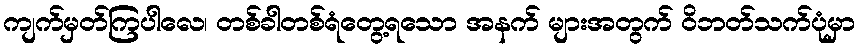
ကျက်မှတ်ကြပါလေ၊ တစ်ခါတစ်ရံတွေ့ရသော အနက် များအတွက် ဝိဘတ်သက်ပုံမှာ